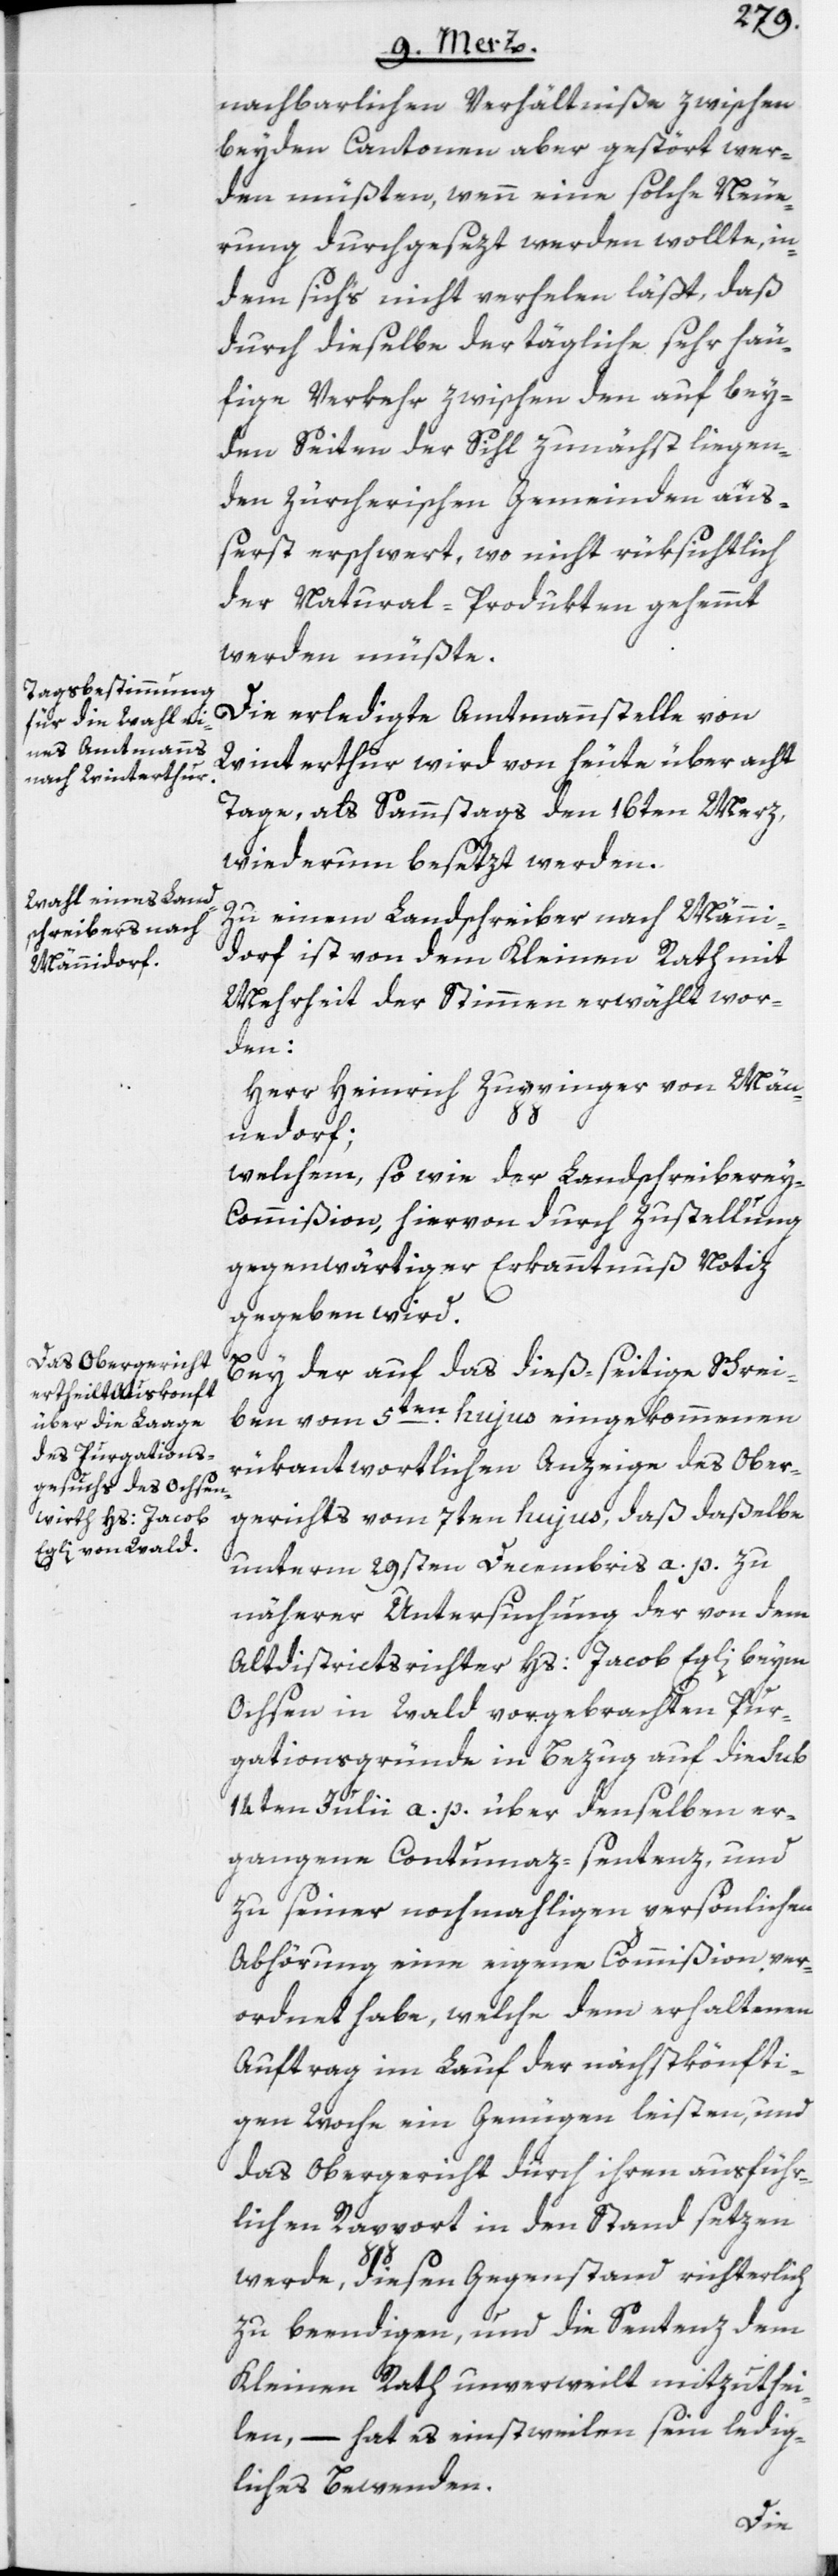
nachbarlichen Verhältniße zwischen
beyden Cantonen aber gestört wer¬
den müßten, wenn eine solche Neue¬
rung durchgesezt werden wollte, in¬
dem sich’s nicht verhelen läßt, daß
durch dieselbe der tägliche sehr häu¬
fige Verkehr zwischen den auf bey¬
den Seiten der Sihl zunächst liegen¬
den Zürcherischen Gemeinden äuß¬
erst erschwert, wo nicht rüksichtlich
der Natural-Produkten gehemmt
werden müßte.
Die erledigte Amtmannstelle von
Winterthur wird von heute über acht
Tage, als Sammstags den 16ten Merz,
wiederum besetzt werden.
Zu einem Landschreiber nach Männi¬
dorf ist von dem Kleinen Rath mit
Mehrheit der Stimmen erwählt wor¬
den:
Herr Heinrich Zuppinger von Män¬
nedorf;
welchem, so wie der Landschreibere¬
y-Commißion, hiervon durch Zustellung
gegenwärtiger Erkanntnuß Notiz
gegeben wird.
Bey der auf das dieß-seitige Schrei¬
ben vom 5ten hujus eingekommenen
rükantwortlichen Anzeige des Ober¬
gerichts vom 7ten hujus, daß daßelbe
unterm 29sten Decembris a. p. zu
näherer Untersuchung der von dem
Altdistrictsrichter Hs: Jacob Egli beym
Ochsen in Wald vorgebrachten Pur¬
gationsgründe in Bezug auf die sub
14ten Julii a. p. über denselben er¬
gangene Contumaz-sentenz, und
zu seiner nochmahligen persönlichen
Abhörung eine eigene Commißion ver¬
ordnet habe, welche dem erhaltenen
Auftrag im Lauf der nächstkönfti¬
gen Woche ein Genügen leisten, und
das Obergericht durch ihren ausführ¬
lichen Rapport in den Stand setzen
werde, diesen Gegenstand richterlich
zu beendigen, und die Sentenz dem
Kleinen Rath unverweilt mitzuthei¬
len, – hat es einstweilen sein ledig¬
liches Bewenden.